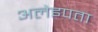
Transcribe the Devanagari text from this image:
अलेइपता